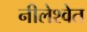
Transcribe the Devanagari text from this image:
नीलेश्वेत